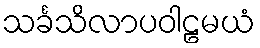
သင်္ခသိလာပဝါဠမယံ